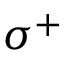
\sigma ^ { + }